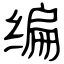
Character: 编